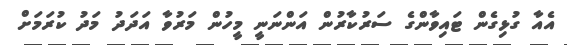
އެއާ ގުޅިގެން ޓައިވާންގެ ސަރުކާރުން އަންނަނީ މީހުން މަރުވާ އަދަދު މަދު ކުރަމަށް